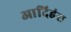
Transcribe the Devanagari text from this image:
आदिहंस